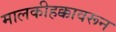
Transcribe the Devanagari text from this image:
मालकीहक्कावरून